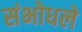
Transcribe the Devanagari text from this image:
संभोधले